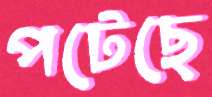
পটেছে